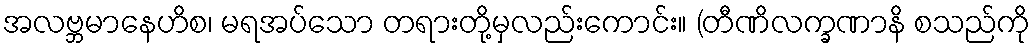
အလဗ္ဘမာနေဟိစ၊ မရအပ်သော တရားတို့မှလည်းကောင်း။ (တီဏိလက္ခဏာနိ စသည်ကို